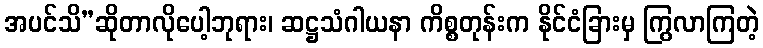
အပင်သိ”ဆိုတာလိုပေါ့ဘုရား၊ ဆဋ္ဌသံဂါယနာ ကိစ္စတုန်းက နိုင်ငံခြားမှ ကြွလာကြတဲ့